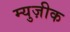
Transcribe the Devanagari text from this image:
म्युज़ीक